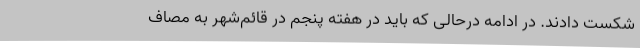
شکست دادند. در ادامه درحالی که باید در هفته پنجم در قائم‌شهر به مصاف